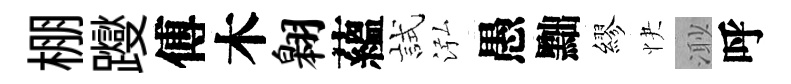
棚躞傅木翱蘊試泓愚黜繆快𣺌呼